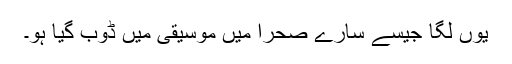
یوں لگا جیسے سارے صحرا میں موسیقی میں ڈوب گیا ہو۔